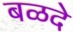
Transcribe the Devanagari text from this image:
बळदे